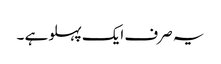
یہ صرف ایک پہلو ہے ۔